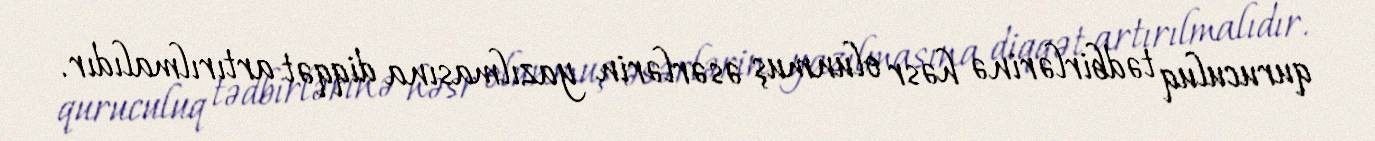
quruculuq tədbirlərinə həsr olunmuş əsərlərin yazılmasına diqqət artırılmalıdır.